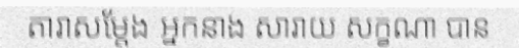
តារាសម្តែង អ្នកនាង សារាយ សក្ខណា បាន